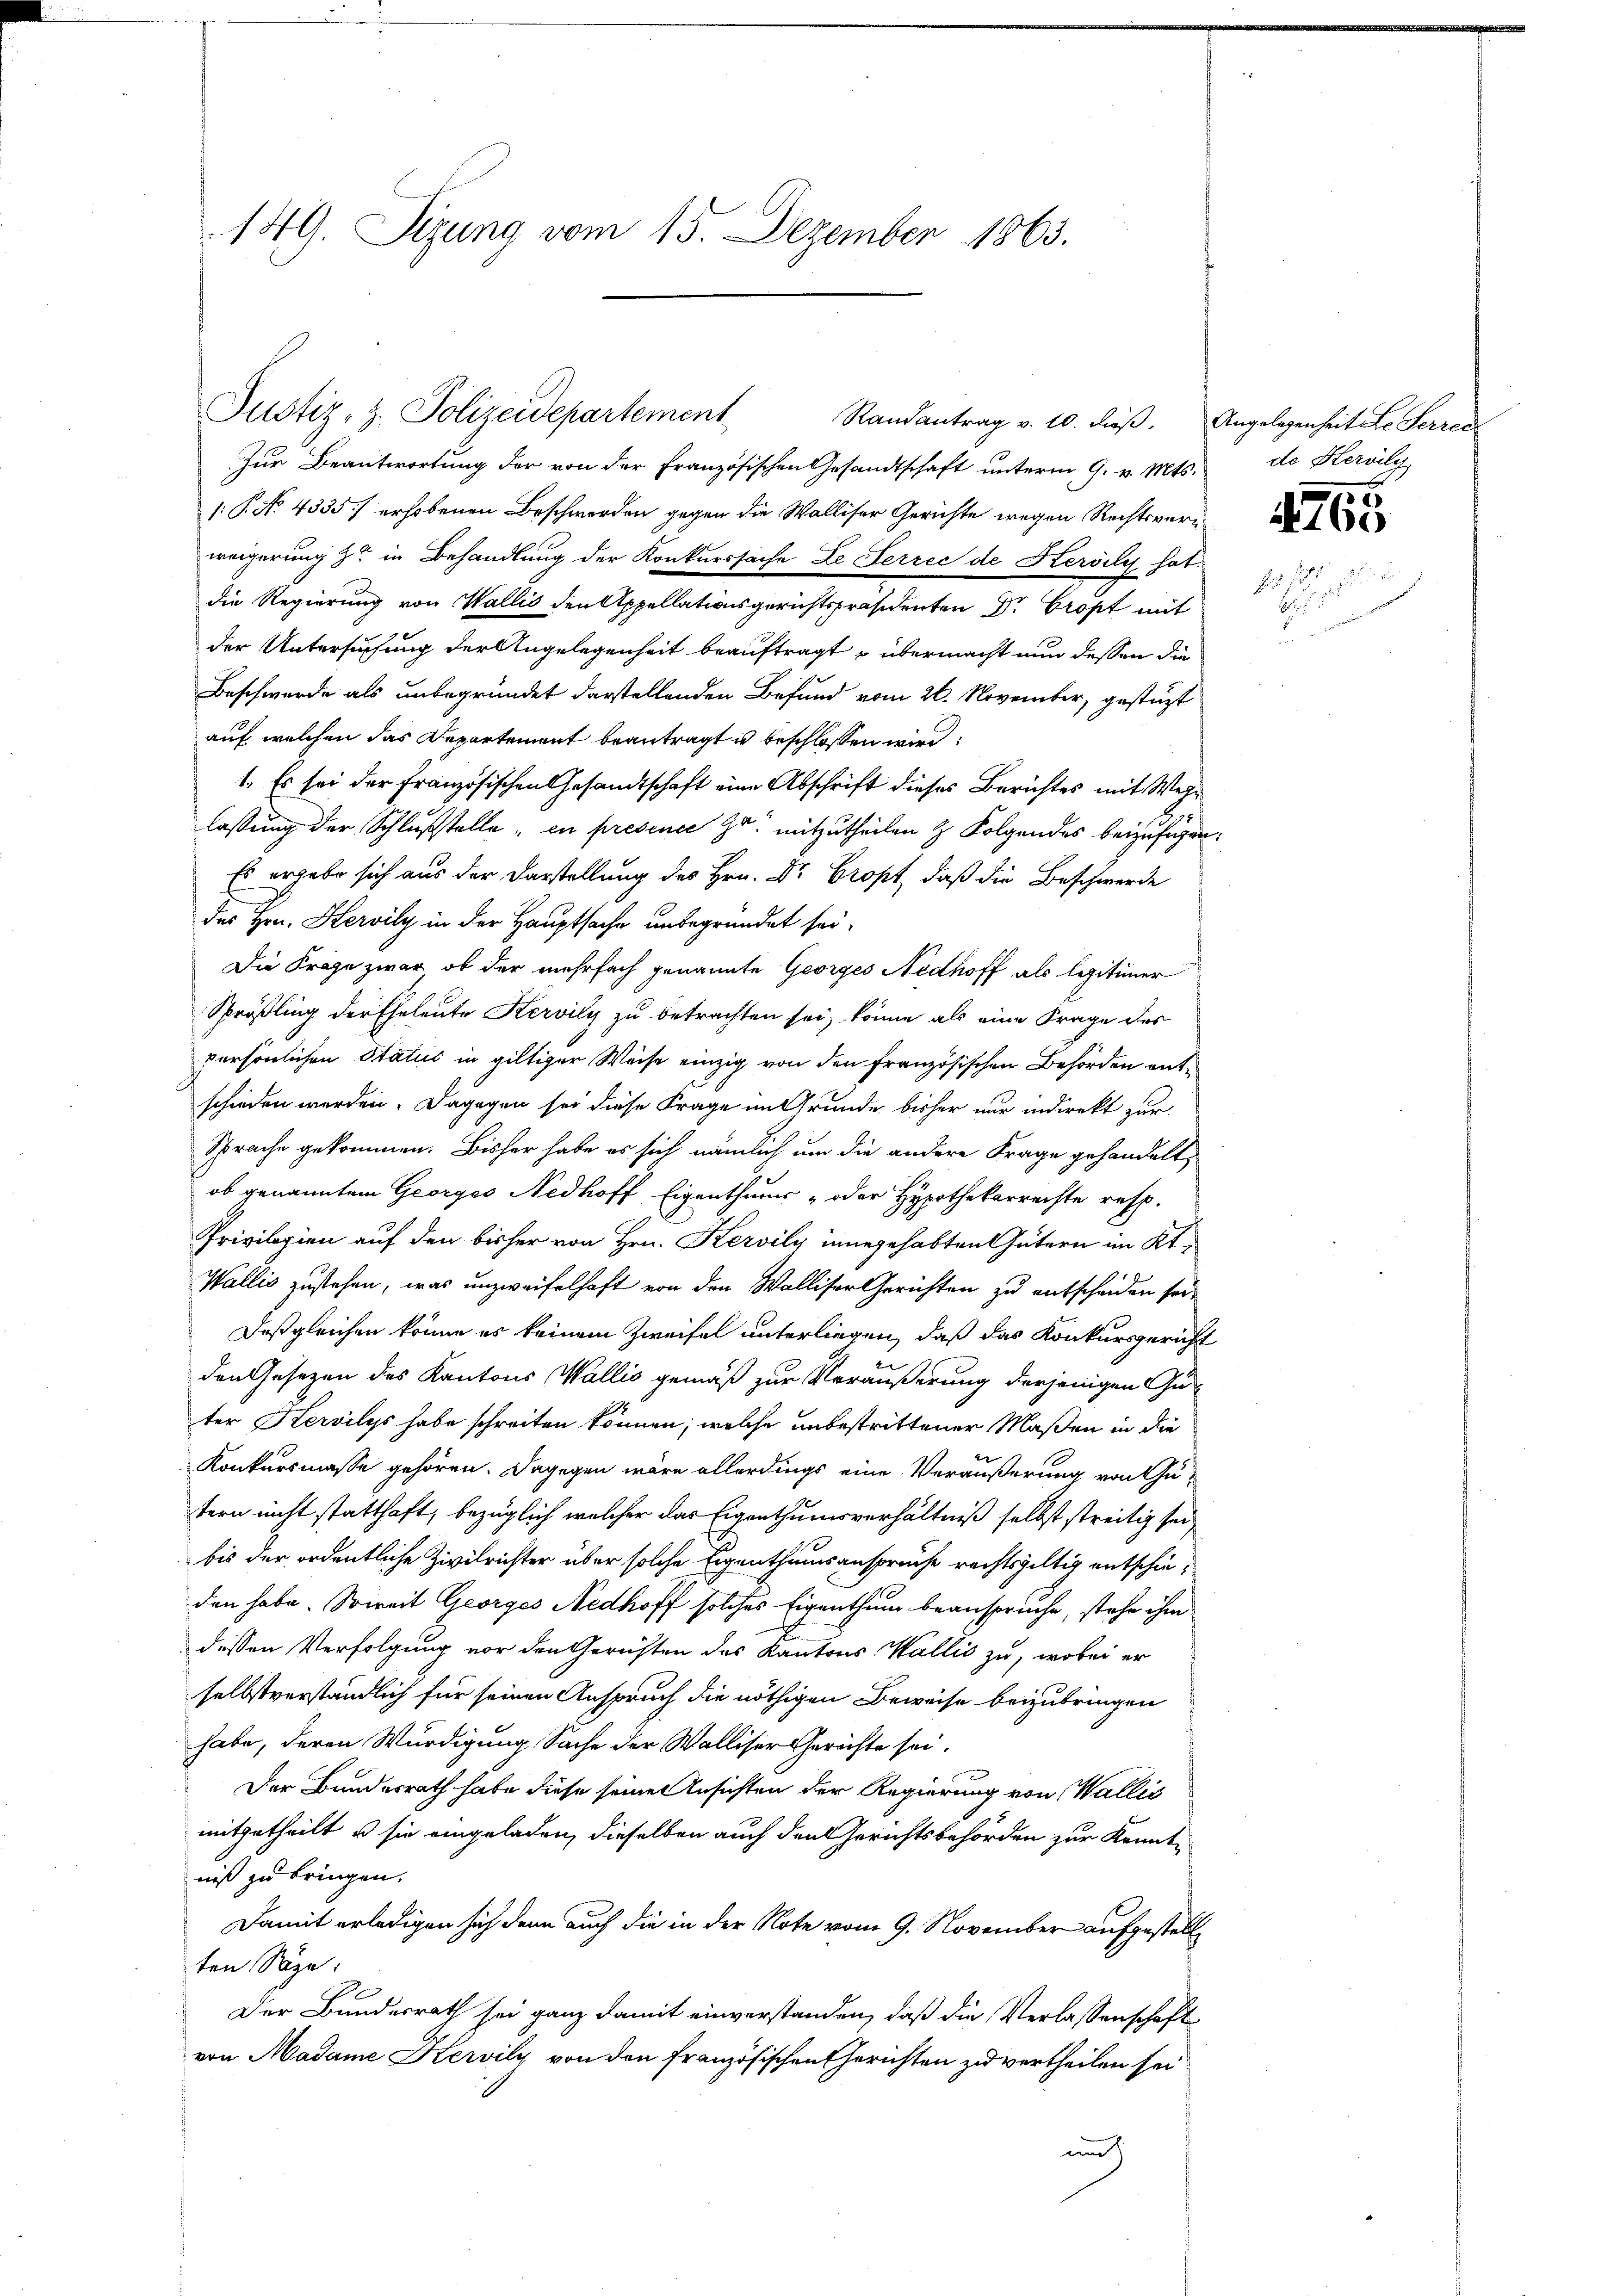
149. Sizung vom 15. Dezember 1863.

Justiz, z. Polizeidepartement

Zur Beantwortung der von der Französischen Gesandtschaft unterm 9. v. Mts. de Kervily
/: P. No 4335) erhobenen Beschwerden gegen die Walliser Gerichte wegen Rechtsverweigerung zu in Behandlung der Konkurssache Le Ferrec de Kerily hat
die Regierung von Wallis den Appellationsgerichtspräsidenten Dr. Cropt mit
der Untersuchung der Angelegenheit beauftragt u übermacht nun dessen die
Beschwerde als unbegründet darstellenden Befund vom 26. November, gestützt
auf welchen das Departement beantragt u beschlossen wird.
1. Es sei der Französischen Gesandtschaft eine Abschrift dieses Berichtes mit Weglassung der Schlußstelle, en présence zu. mitzutheilen & Folgendes beizuführen.
Es ergabe sich aus der Darstellung des Hrn. Dr. Cropt, daß die Beschwerde
des Hrn. Hervily in der Hauptsache unbegründet sei.
Die Frage zwar ob der mehrfach genannte Georges Nedhoff als legitimer
Sprößling der Eheleute Kervily zu betrachten sei, könne als eine Frage des
persönlichen Status in giltiger Weise einzig von den französischen Behörden entschieden werden. Dagegen sei diese Frage im Grunde bisher nur indirekt zur
Sprache gekommen. Bisher habe es sich nämlich um die andere Frage gehandelt,
ob genanntem Georges Nedhoff Eigenthums- oder Hypothekarrechte resp.
Privilegien auf den bisher von Hrn. Kervily innegehabten Gütern im Kt.
Wallis zustehen, was unzweifelhaft von den Walliser Gerichten zu entscheiden sei¬
Daßgleichen könne es keinem Zweifel unterliegen, daß das Konkursgericht
den Gesetzen des Kantons Wallis gemäß zur Veräußerung derjenigen Guter Kervilys habe schreiten können; welche unbestrittener Maßen in die
Konkursmasse gehören. Dagegen wäre allerdings eine Veräußerung von Tutern nicht statthaft, bezüglich welcher das Eigenthumsverhältniß selbst streitig sei
bis der ordentliche Zivilrichter über solche Eigenthumsanspruche rechtsgültig entschieden habe. Soweit Georges Nedhoff solches Eigenthum beanspruche, stehe ihm
dessen Verfolgung vor den Gerichten des Kantons Wallis zu, wobei er
selbstverständlich für seinen Anspruch die nöthigen Beweise beizubringen
habe, deren Würdigung Sache der Walliser Gerichte sei.
Der Bundesrath habe diese seine Ansichten der Regierung von Wallis
mitgetheilt, u sie eingeladen, dieselben auch den Gerichtsbehörden zur Kenntniß zu bringen.
Damit erledigen sich denn auch die in der Note vom 9. November aufgestellten Säge:
Der Bundesrath sei ganz damit einverstanden, daß die Verlassenschaft
von Madame Kervily von den Französischen Gerichten zu vertheilen sei
unt

Randantrag v. 10. dieß. Angelegenheit Le Herrec

55
4760